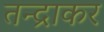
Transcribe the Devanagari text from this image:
तन्द्राकर